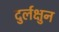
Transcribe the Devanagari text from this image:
दुर्लक्षुन